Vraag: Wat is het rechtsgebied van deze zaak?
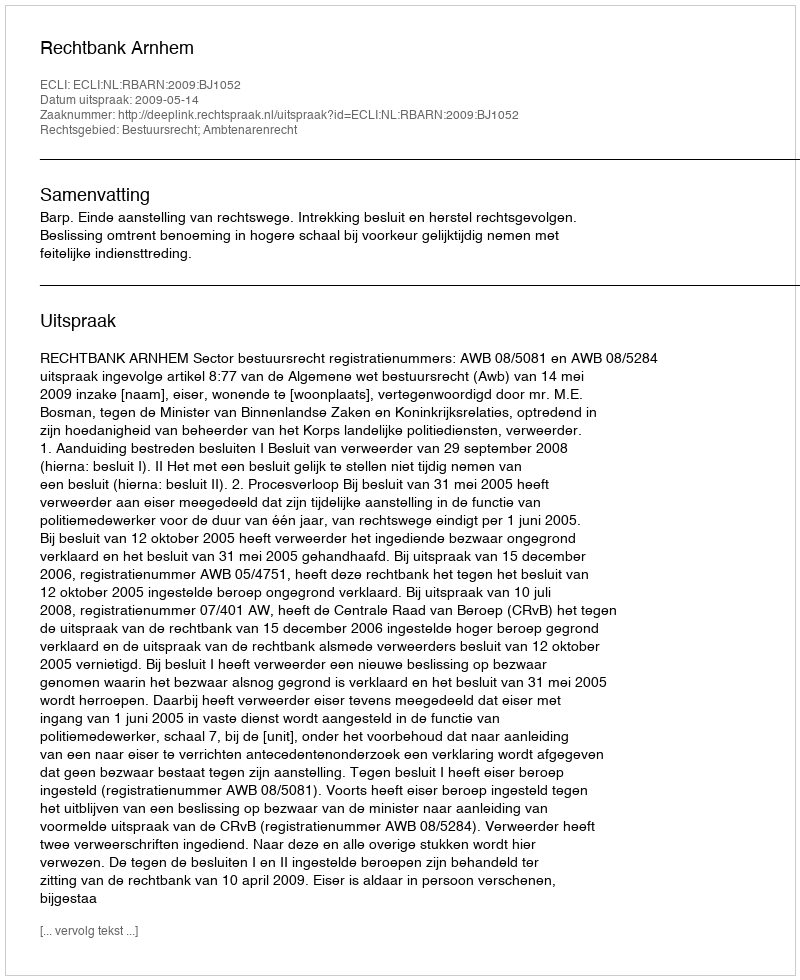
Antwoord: Bestuursrecht; Ambtenarenrecht